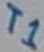
Text: T1